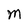
Character: m